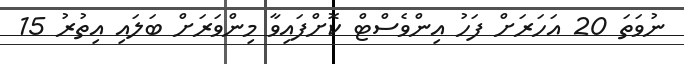
ނުވަތަ 20 އަހަރަށް ފަހު އިންވެސްޓް ކޮށްފައިވާ މިންވަރަށް ބަލައި އިތުރު 15